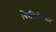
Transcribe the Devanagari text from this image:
चित्रफितीवरुन